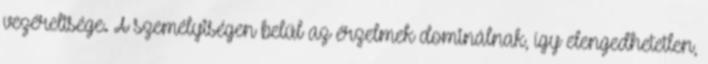
vezéreltsége. A személyiségen belül az érzelmek dominálnak, így elengedhetetlen,